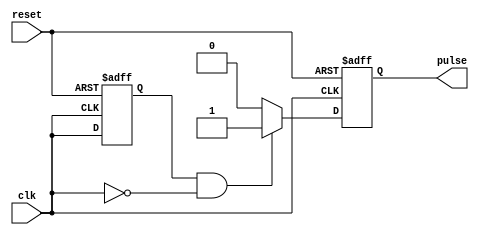
module FallingEdgePulseGenerator (
    input wire clk,
    input wire reset,
    output reg pulse
);

reg prev_clk;

always @(posedge clk or posedge reset) begin
    if (reset) begin
        pulse <= 0;
        prev_clk <= 0;
    end else begin
        if (prev_clk && !clk) begin
            pulse <= 1;
        end else begin
            pulse <= 0;
        end
        prev_clk <= clk;
    end
end

endmodule